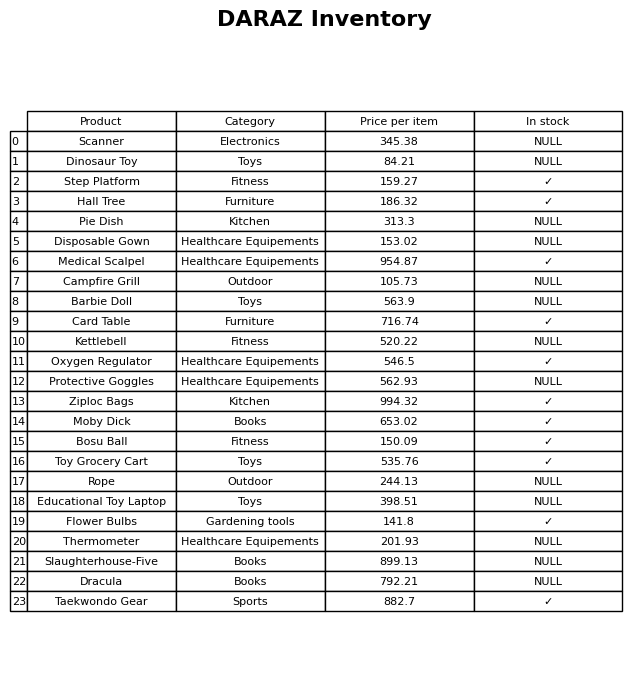
question: What is the price for Bosu Ball?
answer: The price of Bosu Ball is 150.09.